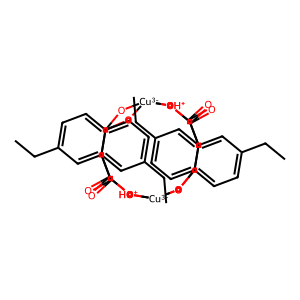
SMILES: CCc1ccc2c(c1)C(=O)[OH+][Cu-3]13Oc4ccc(CC)cc4C(=O)[OH+][Cu-3](O2)(Oc2ccc(CC)cc2C(=O)[OH+]1)[OH+]C(=O)c1cc(CC)ccc1O3
Inhibits HIV replication: No